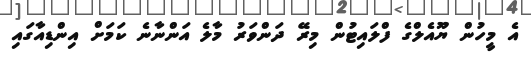
އެ މީހުން ޔޫއެލްގެ ފްލައިޓުން މިރޭ ދަންވަރު މާލެ އަންނާނެ ކަމަށް އިންޑިއާގައި